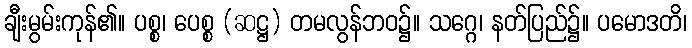
ချီးမွမ်းကုန်၏။ ပစ္စ၊ ပေစ္စ (ဆဋ္ဌ) တမလွန်ဘဝ၌။ သဂ္ဂေ၊ နတ်ပြည်၌။ ပမောဒတိ၊